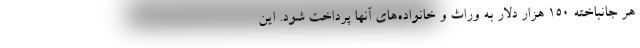
هر جانباخته ۱۵۰ هزار دلار به وراث و خانواده‌های آنها پرداخت شود. این